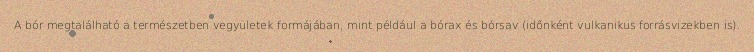
A bór megtalálható a természetben vegyületek formájában, mint például a bórax és bórsav (időnként vulkanikus forrásvizekben is).